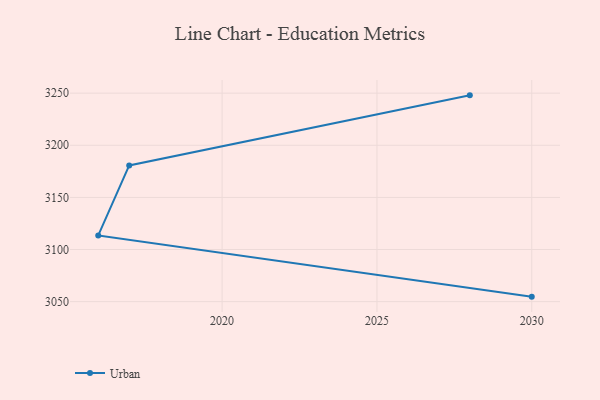
{"axis": {"x": "Year", "y": "LTV (USD)"}, "legend": ["Urban"], "data": [{"x": "2030", "y": 3054.8, "type": "Urban"}, {"x": "2016", "y": 3113.5, "type": "Urban"}, {"x": "2017", "y": 3180.7, "type": "Urban"}, {"x": "2028", "y": 3247.9, "type": "Urban"}]}